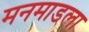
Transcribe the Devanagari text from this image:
मनमाडला